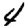
Digit: 4